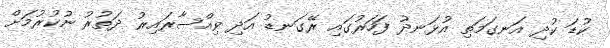
ކުޑަ ކުދި އަނގަމަތި އުޅަނދު ފަހަރުގައި ރޭގަނޑު އަދި ވިއްސާރައިރު ދަތުރު ނުކުރުމަށް